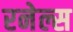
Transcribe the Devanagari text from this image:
रनेल्स